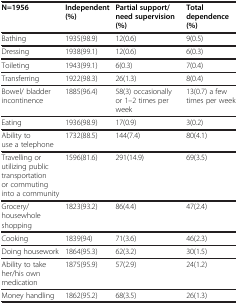
| N=1956 | Independent(%) | Partial support/ need supervision(%) | Total dependence(%) |
 | --- | --- | --- | --- |
 | Bathing | 1935(98.9) | 12(0.6) | 9(0.5) |
 | Dressing | 1938(99.1) | 12(0.6) | 6(0.3) |
 | Toileting | 1943(99.1) | 6(0.3) | 7(0.4) |
 | Transferring | 1922(98.3) | 26(1.3) | 8(0.4) |
 | Bowel/ bladder incontinence | 1885(96.4) | 58(3) occasionally or 1–2 times per week | 13(0.7) a few times per week |
 | Eating | 1936(98.9) | 17(0.9) | 3(0.2) |
 | Ability to use a telephone | 1732(88.5) | 144(7.4) | 80(4.1) |
 | Travelling or utilizing public transportation or commuting into a community | 1596(81.6) | 291(14.9) | 69(3.5) |
 | Grocery/housewhole shopping | 1823(93.2) | 86(4.4) | 47(2.4) |
 | Cooking | 1839(94) | 71(3.6) | 46(2.3) |
 | Doing housework | 1864(95.3) | 62(3.2) | 30(1.5) |
 | Ability to take her/his own medication | 1875(95.9) | 57(2.9) | 24(1.2) |
 | Money handling | 1862(95.2) | 68(3.5) | 26(1.3) |